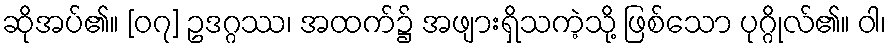
ဆိုအပ်၏။ [၀၇] ဥဒဂ္ဂဿ၊ အထက်၌ အဖျားရှိသကဲ့သို့ ဖြစ်သော ပုဂ္ဂိုလ်၏။ ဝါ၊